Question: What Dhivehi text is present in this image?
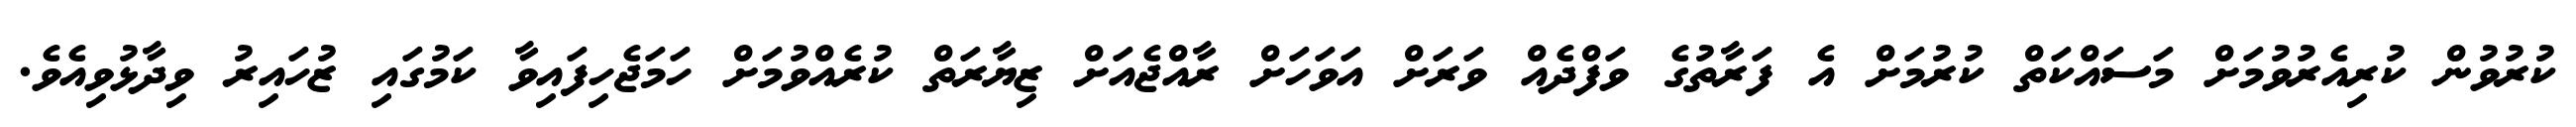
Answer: ކުރުވުން ކުރިއެރުވުމަށް މަސައްކަތް ކުރުމަށް އެ ފަރާތުގެ ވަފްދެއް ވަރަށް އަވަހަށް ރާއްޖެއަށް ޒިޔާރަތް ކުރެއްވުމަށް ހަމަޖެހިފައިވާ ކަމުގައި ޒުހައިރު ވިދާޅުވިއެވެ.